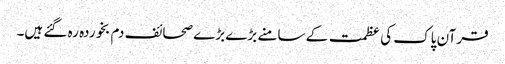
قرآن پاک کی عظمت کے سامنے بڑے بڑے صحائف دم بخوردہ رہ گئے ہیں۔